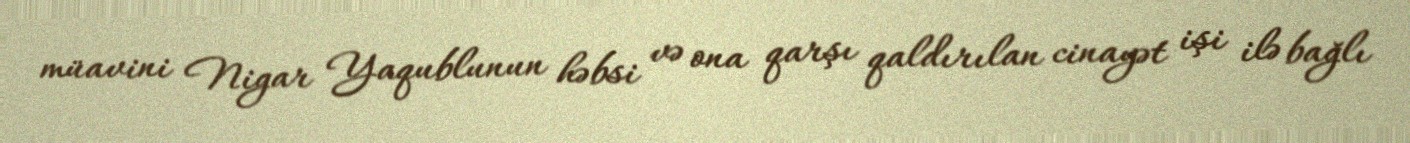
müavini Nigar Yaqublunun həbsi və ona qarşı qaldırılan cinayət işi ilə bağlı